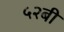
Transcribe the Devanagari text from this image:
५२बी